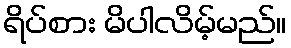
ရိပ်စား မိပါလိမ့်မည်။